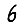
Digit: 6